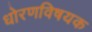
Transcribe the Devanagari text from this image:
धोरणविषयक